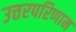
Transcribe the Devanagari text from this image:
उत्तरपरिणाम